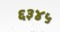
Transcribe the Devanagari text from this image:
६३४५